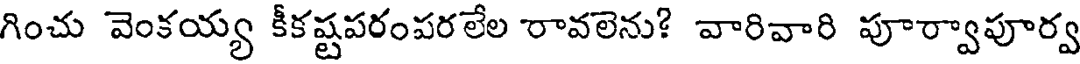
గించు వెంకయ్య కీకష్టపరంపరలేల రావలెను? వారివారి పూర్వాపూర్వ